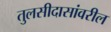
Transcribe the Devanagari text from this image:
तुलसीदासांवरील